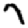
Digit: 7